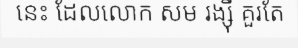
នេះ ដែលលោក សម រង្ស៊ី គួរតែ